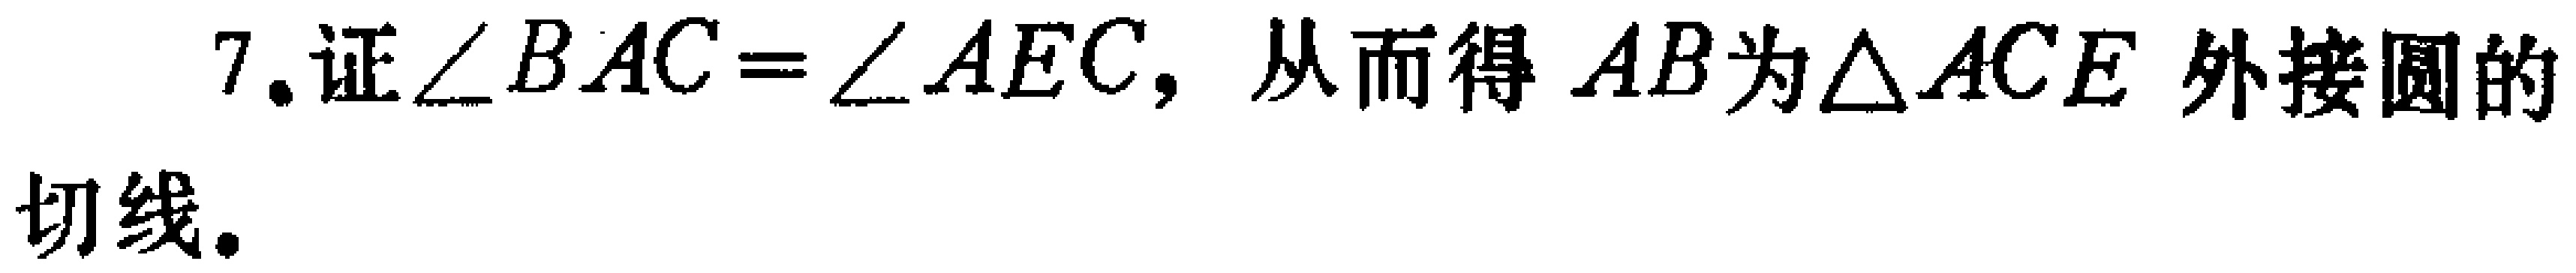
7. 证\(\angle BAC = \angle AEC\)，从而得 \(AB\)为\(\triangle ACE\)外接圆的切线。